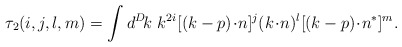
\begin{align*}\tau_2(i,j,l,m)=\int d^D\! k\,\,k^{2i}[(k-p)\!\cdot\! n]^j (k\!\cdot\!n)^l [(k-p)\!\cdot \!n^*]^m.\end{align*}